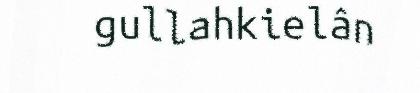
gullahkielân